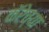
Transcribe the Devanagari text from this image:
कॅरेच्या